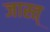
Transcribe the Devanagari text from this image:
जास्त्‌